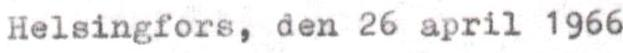
Helsingfors, den 26 april 1966